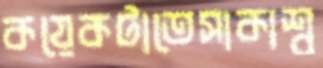
কয়েকটাতেসাকাশ্ব